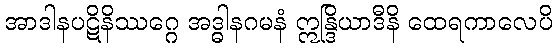
အာဒါနပဋိနိဿဂ္ဂေ အဒ္ဓါနဂမနံ ဣန္ဒြိယာဒီနိ ထေရကာလေပိ